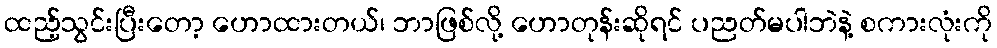
ထည့်သွင်းပြီးတော့ ဟောထားတယ်၊ ဘာဖြစ်လို့ ဟောတုန်းဆိုရင် ပညတ်မပါဘဲနဲ့ စကားလုံးကို